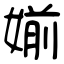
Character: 媊